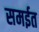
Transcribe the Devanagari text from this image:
समईत